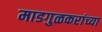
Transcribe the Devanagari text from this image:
माडगुळकरांच्या